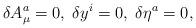
LaTeX: \begin{align*}\delta A_{\mu }^{a}=0,\;\delta y^{i}=0,\;\delta \eta ^{a}=0, \end{align*}